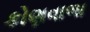
કોણવાળા